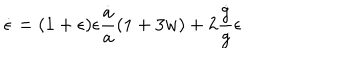
\dot { \epsilon } = ( 1 + \epsilon ) \epsilon { \frac { \dot { a } } { a } } { \left( 1 + 3 w \right) } + 2 { \frac { \dot { g } } { g } } \epsilon